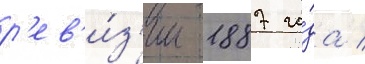
р'ев'и́з'ии 1887 го́да /